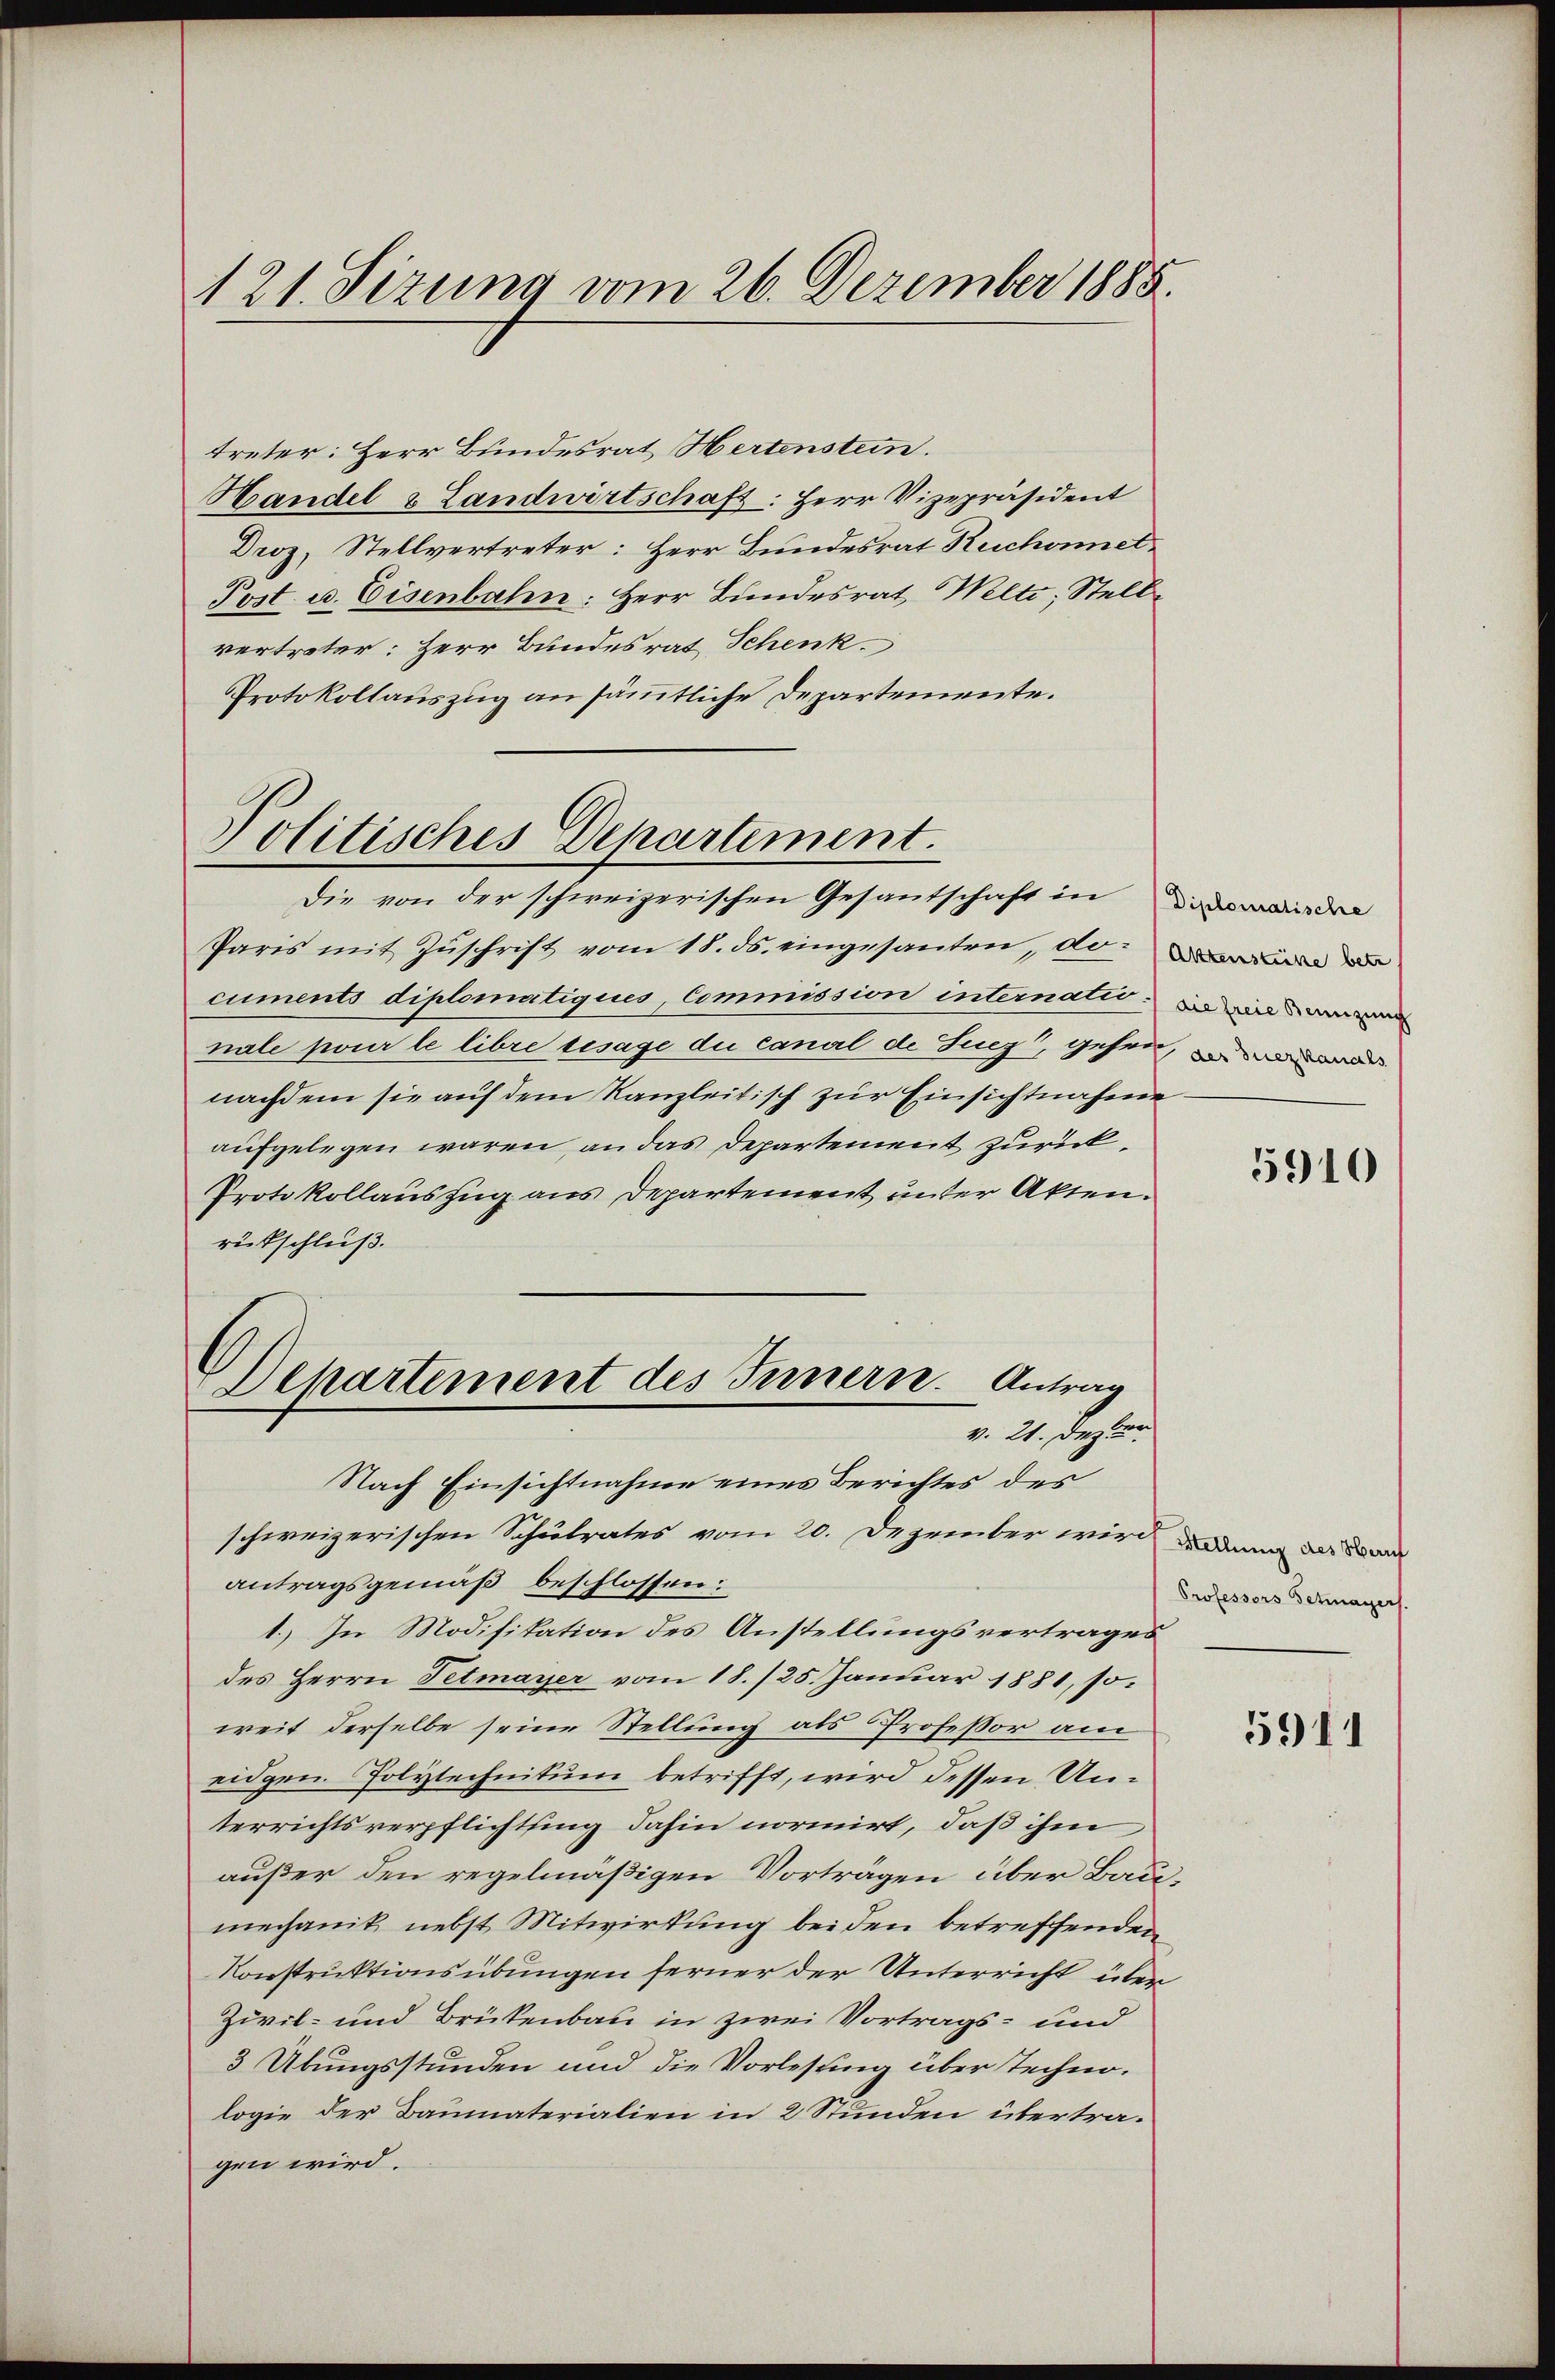
treter: Herr Bundesrat Hertenstein.
Handel & Landwirtschaft: Herr Vizepräsident
Droz, Stellvertreter: Herr Bundesrat Ruchennet¬
Post. u. Eisenbahn: Herr Bundesrat Welti, Stellvertreter: Herr Bundesrat Schenk
Protokollauszug an sämmtliche Departemente.

121. Sizung vom 26. Dezember 1885.

Politisches Departement.
Die von der schweizerischen Gesantschaft in das in de

Paris mit Zŭschrift vom 18. ds. eingesanten, die dr
cuments diplomatiques, Commission internationale pour le libre besage du canal de Sucz, gesen, we
nachdem sie auf dem Kanzleitisch zur Einsichtnahme
aufgelegen waren, an das Departement zurück¬
Protokollauszug aus Departement unter Akten.
rütschluß.
Nach Einsichtnahme eines Berichtes des
schweizerischen Schulrates vom 20. Dezember wird dann da da
antragsgemäß beschlossen:
1.) In Modifikation des Anstellungsvertrages
des Herrn Tetmayer vom 18./25. Januar 1881, soweit derselbe seine Stellung als Professor am
eidgen. Polytechnikum betrifft, wird dessen Unterrichtsverpflichtling dahin normirt, daß ihm
außer den regelmäßigen Vorträgen über Baumechanik nebst Mitwirkung bei den betreffenden
Konstruktionsübungen ferner der Unterricht über
Zivil- und Brükenbau in zwei Vortrags- und
3 Übungsstunden und die Vorlesung über Technologie der Baumaterialien in 2 Stunden übertragen wird.

1
Departement des Innern. Antrag
v. 21. Dez. be

die freie Benzung

5910

Professors Getmayers.

5911